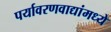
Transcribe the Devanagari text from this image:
पर्यावरणवाद्यांमध्ये